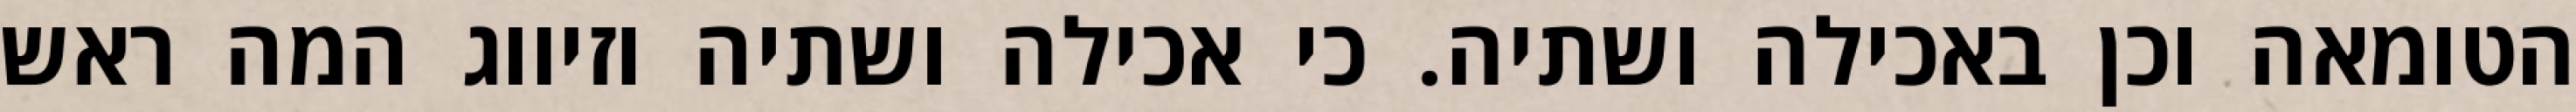
הטומאה וכן באכילה ושתיה. כי אכילה ושתיה וזיווג המה ראש